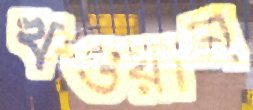
খওয়ান